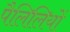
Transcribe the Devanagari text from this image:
पैलिलियों